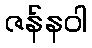
ဇန်နဝါ